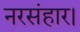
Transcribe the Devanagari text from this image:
नरसंहार।